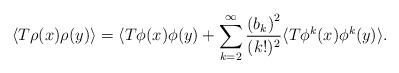
LaTeX: \begin{align*}\langle T\rho(x) \rho(y)\rangle &= \langle T\phi(x) \phi(y) + \sum_{k=2}^\infty \frac{\left( b_k\right)^2}{(k!)^2 } \langle{T\phi^k(x) \phi^k(y)} \rangle .\end{align*}